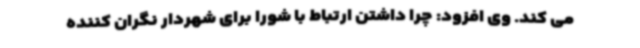
می کند. وی افزود: چرا داشتن ارتباط با شورا برای شهردار نگران کننده